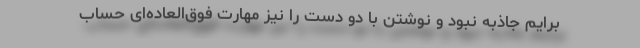
برایم جاذبه نبود و نوشتن با دو دست را نیز مهارت فوق‌العاده‌ای حساب